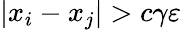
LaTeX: |x_{i}-x_{j}|>c\gamma\varepsilon